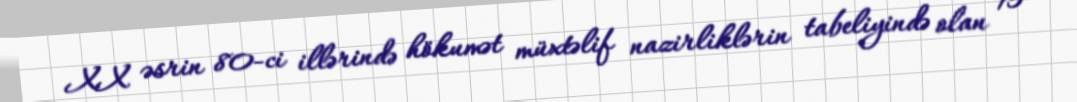
XX əsrin 80-ci illərində hökumət müxtəlif nazirliklərin tabeliyində olan 15